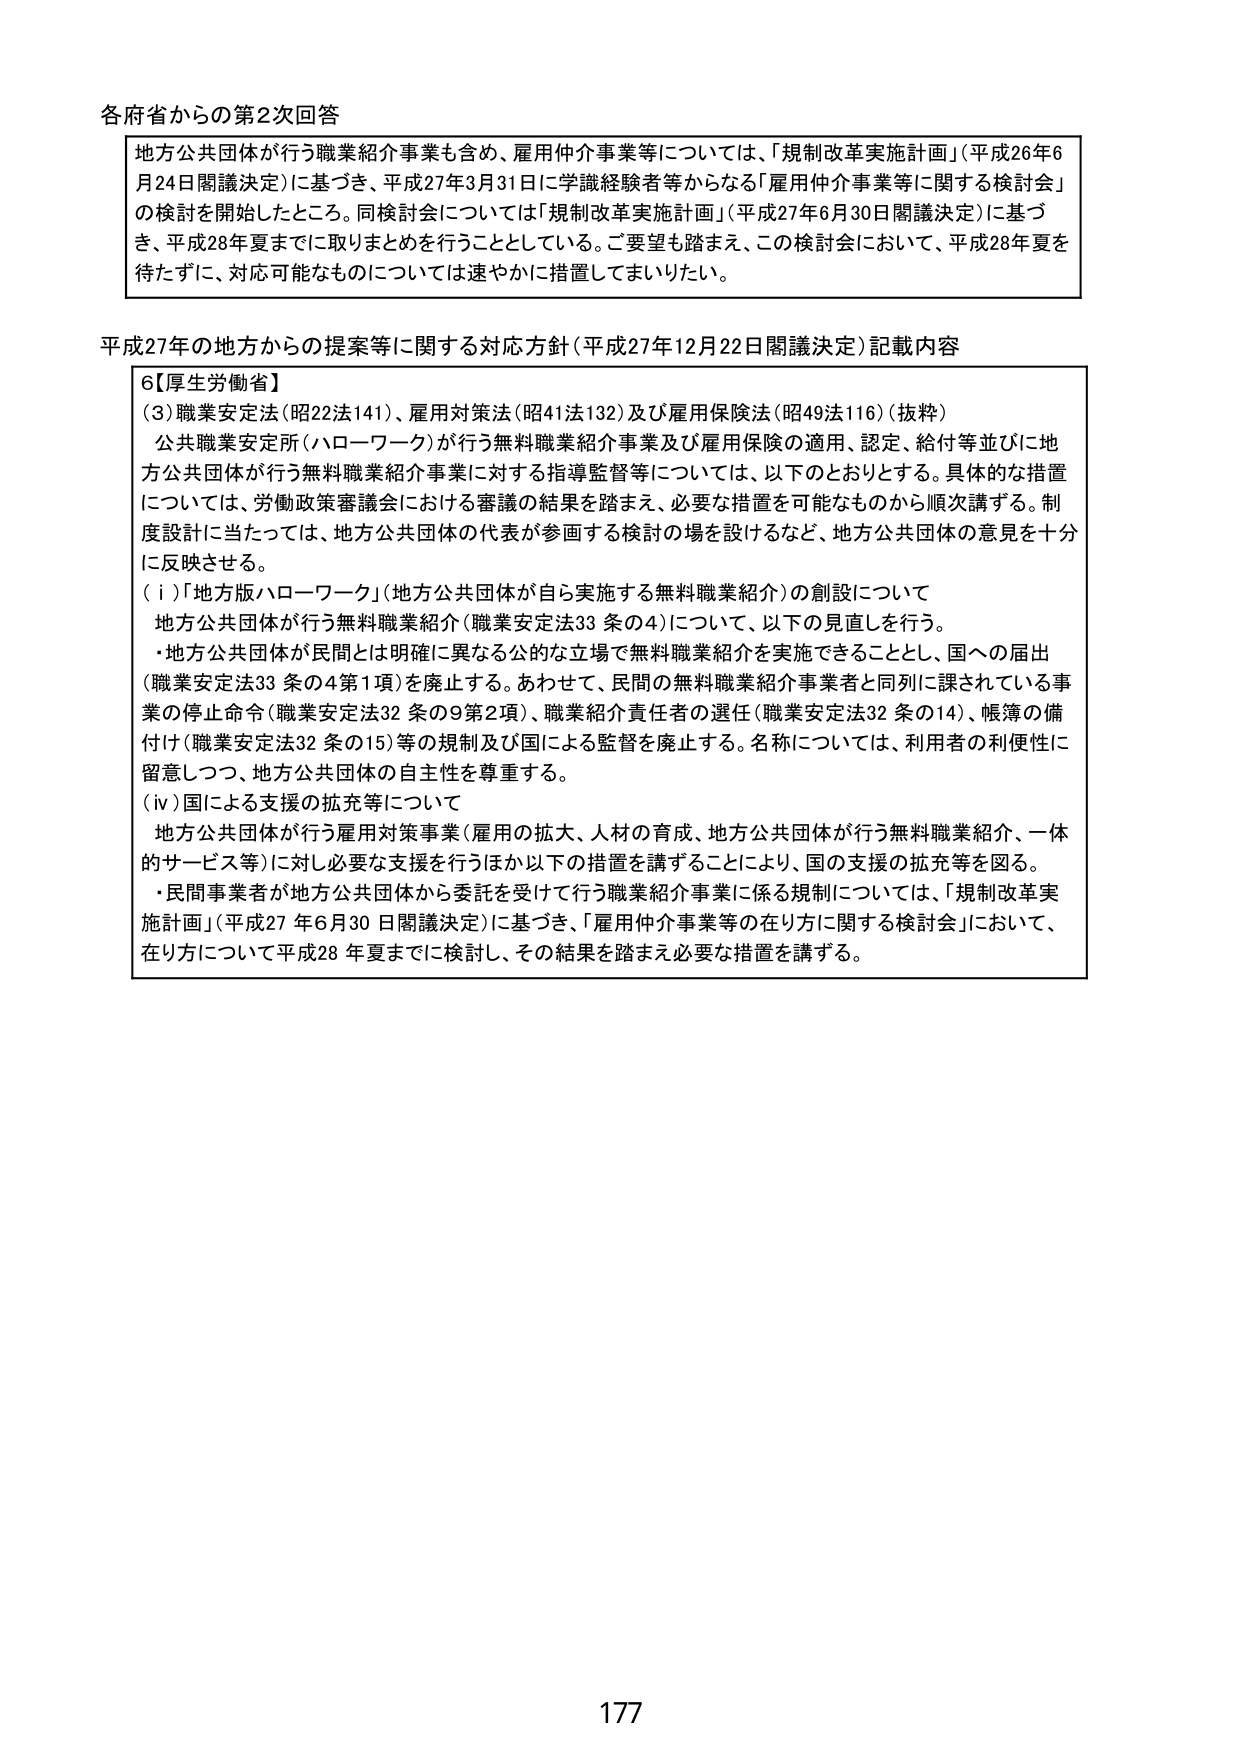
各府省からの第2次回答

地方公共団体が行う職業紹介事業も含め、雇用仲介事業等については、「規制改革実施計画」（平成26年6月24日閣議決定）に基づき、平成27年3月31日に学識経験者等からなる「雇用仲介事業等に関する検討会」の検討を開始したところ。同検討会については「規制改革実施計画」（平成27年6月30日閣議決定）に基づき、平成28年夏までに取りまとめを行うこととしている。ご要望も踏まえ、この検討会において、平成28年夏を待たずに、対応可能なものについては速やかに措置してまいりたい。

平成27年の地方からの提案等に関する対応方針（平成27年12月22日閣議決定）記載内容

6【厚生労働省】

（3）職業安定法（昭22法141）、雇用対策法（昭41法132）及び雇用保険法（昭49法116）（抜粋）

公共職業安定所（ハローワーク）が行う無料職業紹介事業及び雇用保険の適用、認定、給付等並びに地方公共団体が行う無料職業紹介事業に対する指導監督等については、以下のとおりとする。具体的な措置については、労働政策審議会における審議の結果を踏まえ、必要な措置を可能なものから順次講ずる。制度設計に当たっては、地方公共団体の代表が参画する検討の場を設けるなど、地方公共団体の意見を十分に反映させる。

（ⅰ）「地方版ハローワーク」（地方公共団体が自ら実施する無料職業紹介）の創設について

地方公共団体が行う無料職業紹介（職業安定法33条の4）について、以下の見直しを行う。

・地方公共団体が民間とは明確に異なる公的な立場で無料職業紹介を実施できることとし、国への届出（職業安定法33条の4第1項）を廃止する。あわせて、民間の無料職業紹介事業者と同列に課されている事業の停止命令（職業安定法32条の9第2項）、職業紹介責任者の選任（職業安定法32条の14）、帳簿の備付け（職業安定法32条の15）等の規制及び国による監督を廃止する。名称については、利用者の利便性に留意しつつ、地方公共団体の自主性を尊重する。

（ⅳ）国による支援の拡充等について

地方公共団体が行う雇用対策事業（雇用の拡大、人材の育成、地方公共団体が行う無料職業紹介、一体的サービス等）に対し必要な支援を行うほか以下の措置を講ずることにより、国の支援の拡充等を図る。

・民間事業者が地方公共団体から委託を受けて行う職業紹介事業に係る規制については、「規制改革実施計画」（平成27年6月30日閣議決定）に基づき、「雇用仲介事業等の在り方に関する検討会」において、在り方について平成28年夏までに検討し、その結果を踏まえ必要な措置を講ずる。

177